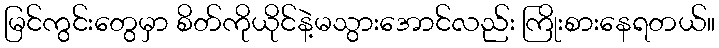
မြင်ကွင်းတွေမှာ စိတ်ကိုယိုင်နဲ့မသွားအောင်လည်း ကြိုးစားနေရတယ်။